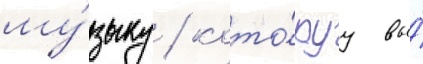
му́зыку / кото́руу вы́